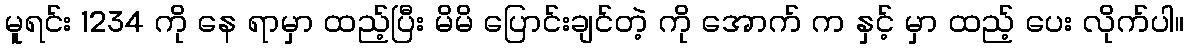
မူရင်း 1234 ကို နေ ရာမှာ ထည့်ပြီး မိမိ ပြောင်းချင်တဲ့ ကို အောက် က နှင့် မှာ ထည့် ပေး လိုက်ပါ။